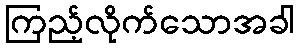
ကြည့်လိုက်သောအခါ